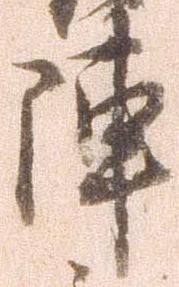
陣